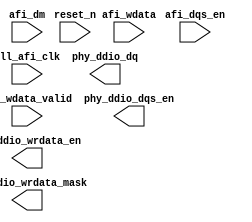
// (C) 2001-2016 Altera Corporation. All rights reserved.
// Your use of Altera Corporation's design tools, logic functions and other 
// software and tools, and its AMPP partner logic functions, and any output 
// files any of the foregoing (including device programming or simulation 
// files), and any associated documentation or information are expressly subject 
// to the terms and conditions of the Altera Program License Subscription 
// Agreement, Altera MegaCore Function License Agreement, or other applicable 
// license agreement, including, without limitation, that your use is for the 
// sole purpose of programming logic devices manufactured by Altera and sold by 
// Altera or its authorized distributors.  Please refer to the applicable 
// agreement for further details.


// ***************************************************************************
// ***************************************************************************

`timescale 1 ps / 1 ps

(* altera_attribute = "-name AUTO_SHIFT_REGISTER_RECOGNITION OFF" *)

module q_sys_mem_if_ddr3_emif_0_p0_write_datapath_m10(
	pll_afi_clk,
	reset_n,
	afi_dqs_en,
	afi_wdata,
	afi_wdata_valid,
	afi_dm,
	phy_ddio_dq,
	phy_ddio_dqs_en,
	phy_ddio_wrdata_en,
	phy_ddio_wrdata_mask
);


parameter MEM_ADDRESS_WIDTH     = "";
parameter MEM_DM_WIDTH          = "";
parameter MEM_CONTROL_WIDTH     = "";
parameter MEM_DQ_WIDTH          = "";
parameter MEM_READ_DQS_WIDTH    = "";
parameter MEM_WRITE_DQS_WIDTH   = "";

parameter AFI_ADDRESS_WIDTH     = "";
parameter AFI_DATA_MASK_WIDTH   = "";
parameter AFI_CONTROL_WIDTH     = "";
parameter AFI_DATA_WIDTH        = "";
parameter AFI_DQS_WIDTH	        = "";

parameter NUM_WRITE_PATH_FLOP_STAGES = "";
parameter NUM_WRITE_FR_CYCLE_SHIFTS = "";

localparam RATE_MULT = 2;
localparam DQ_GROUP_WIDTH = MEM_DQ_WIDTH / MEM_WRITE_DQS_WIDTH;

localparam DM_GROUP_WIDTH = MEM_DM_WIDTH / MEM_WRITE_DQS_WIDTH;


input	pll_afi_clk;
input	reset_n;
input	[AFI_DQS_WIDTH-1:0] afi_dqs_en;
input	[AFI_DATA_WIDTH-1:0] afi_wdata;
input	[AFI_DQS_WIDTH-1:0] afi_wdata_valid;
input	[AFI_DATA_MASK_WIDTH-1:0] afi_dm;
output	[AFI_DATA_WIDTH-1:0] phy_ddio_dq;
output	[AFI_DQS_WIDTH-1:0] phy_ddio_dqs_en;
output	[AFI_DQS_WIDTH-1:0] phy_ddio_wrdata_en;
output	[AFI_DATA_MASK_WIDTH-1:0] phy_ddio_wrdata_mask;

wire	[AFI_DQS_WIDTH-1:0] phy_ddio_dqs_en_pre_shift;
wire	[AFI_DATA_WIDTH-1:0] phy_ddio_dq_pre_shift;
wire	[AFI_DQS_WIDTH-1:0] phy_ddio_wrdata_en_pre_shift;
wire	[AFI_DATA_MASK_WIDTH-1:0] phy_ddio_wrdata_mask_pre_shift;

generate
genvar stage;
if (NUM_WRITE_PATH_FLOP_STAGES == 0)
begin
	assign phy_ddio_dq_pre_shift = afi_wdata;
	assign phy_ddio_wrdata_en_pre_shift = afi_wdata_valid;
	assign phy_ddio_wrdata_mask_pre_shift = afi_dm;
        assign phy_ddio_dqs_en_pre_shift = afi_dqs_en;
end
else
begin
        reg [AFI_DATA_WIDTH-1:0] afi_wdata_r [NUM_WRITE_PATH_FLOP_STAGES-1:0];
        reg [AFI_DQS_WIDTH-1:0] afi_wdata_valid_r [NUM_WRITE_PATH_FLOP_STAGES-1:0] /* synthesis dont_merge */;
        reg [AFI_DQS_WIDTH-1:0] afi_dqs_en_r [NUM_WRITE_PATH_FLOP_STAGES-1:0];
        
        // phy_ddio_wrdata_mask is tied low during calibration
        // the purpose of the assignment is to avoid Quartus from connecting the signal to the sclr pin of the flop
        // sclr pin is very slow and causes timing failures
        (* altera_attribute = {"-name ALLOW_SYNCH_CTRL_USAGE OFF"}*) reg [AFI_DATA_MASK_WIDTH-1:0] afi_dm_r [NUM_WRITE_PATH_FLOP_STAGES-1:0];
        
        for (stage = 0; stage < NUM_WRITE_PATH_FLOP_STAGES; stage = stage + 1)
        begin : stage_gen
        	always @(posedge pll_afi_clk)
        	begin
        		afi_wdata_r[stage]       <= (stage == 0) ? afi_wdata       : afi_wdata_r[stage-1];
        		afi_wdata_valid_r[stage] <= (stage == 0) ? afi_wdata_valid : afi_wdata_valid_r[stage-1];
        		afi_dm_r[stage]          <= (stage == 0) ? afi_dm          : afi_dm_r[stage-1];
        		afi_dqs_en_r[stage]      <= (stage == 0) ? afi_dqs_en      : afi_dqs_en_r[stage-1];
        	end
        end
        
        assign phy_ddio_dq_pre_shift = afi_wdata_r[NUM_WRITE_PATH_FLOP_STAGES-1];
        assign phy_ddio_wrdata_en_pre_shift = afi_wdata_valid_r[NUM_WRITE_PATH_FLOP_STAGES-1];
        assign phy_ddio_wrdata_mask_pre_shift = afi_dm_r[NUM_WRITE_PATH_FLOP_STAGES-1];
        assign phy_ddio_dqs_en_pre_shift = afi_dqs_en_r[NUM_WRITE_PATH_FLOP_STAGES-1];
end
endgenerate

generate
genvar i, t;
for (i=0; i<MEM_WRITE_DQS_WIDTH; i=i+1)
begin: bs_wr_grp
	
	wire [1:0] shift_fr_cycle = 
		(NUM_WRITE_FR_CYCLE_SHIFTS == 0) ? 	2'b00 : 2'b01;
											
	wire [AFI_DQS_WIDTH / MEM_WRITE_DQS_WIDTH - 1:0] grp_dqs_en_pre_shift;
	wire [AFI_DQS_WIDTH / MEM_WRITE_DQS_WIDTH - 1:0] grp_dqs_en;
	
	wire [AFI_DATA_WIDTH / MEM_WRITE_DQS_WIDTH - 1:0] grp_dq_pre_shift;
	wire [AFI_DATA_WIDTH / MEM_WRITE_DQS_WIDTH - 1:0] grp_dq;
	
	wire [AFI_DQS_WIDTH / MEM_WRITE_DQS_WIDTH - 1:0] grp_wrdata_en_pre_shift;
	wire [AFI_DQS_WIDTH / MEM_WRITE_DQS_WIDTH - 1:0] grp_wrdata_en;

	wire [AFI_DATA_MASK_WIDTH / MEM_WRITE_DQS_WIDTH - 1:0] grp_wrdata_mask_pre_shift;
	wire [AFI_DATA_MASK_WIDTH / MEM_WRITE_DQS_WIDTH - 1:0] grp_wrdata_mask;

	q_sys_mem_if_ddr3_emif_0_p0_fr_cycle_shifter dq_shifter(
		.clk (pll_afi_clk),
		.shift_by (shift_fr_cycle),
		.reset_n (1'b1),
		.datain (grp_dq_pre_shift),
		.dataout (grp_dq)	
	);
	defparam dq_shifter.DATA_WIDTH = (DQ_GROUP_WIDTH * 2);
	
	q_sys_mem_if_ddr3_emif_0_p0_fr_cycle_shifter wrdata_mask_shifter(
		.clk (pll_afi_clk),
		.shift_by (shift_fr_cycle),
		.reset_n (1'b1),
		.datain (grp_wrdata_mask_pre_shift),
		.dataout (grp_wrdata_mask)
	);
	defparam wrdata_mask_shifter.DATA_WIDTH = (DM_GROUP_WIDTH * 2);
	
	q_sys_mem_if_ddr3_emif_0_p0_fr_cycle_shifter wrdata_en_shifter(
		.clk (pll_afi_clk),
		.shift_by (shift_fr_cycle),
		.reset_n (1'b1),
		.datain (grp_wrdata_en_pre_shift),
		.dataout (grp_wrdata_en)
	);
	defparam wrdata_en_shifter.DATA_WIDTH = 1;

	q_sys_mem_if_ddr3_emif_0_p0_fr_cycle_shifter dqs_en_shifter(
		.clk (pll_afi_clk),
		.shift_by (shift_fr_cycle),
		.reset_n (1'b1),
		.datain (grp_dqs_en_pre_shift),
		.dataout (grp_dqs_en)
	);
	defparam dqs_en_shifter.DATA_WIDTH = 1;

	for (t=0; t<RATE_MULT*2; t=t+1)
	begin: extract_ddr_grp
		wire [DQ_GROUP_WIDTH-1:0] dq_t_pre_shift = phy_ddio_dq_pre_shift[DQ_GROUP_WIDTH * (i+1) + MEM_DQ_WIDTH * t - 1 : DQ_GROUP_WIDTH * i + MEM_DQ_WIDTH * t];
		assign grp_dq_pre_shift[(t+1) * DQ_GROUP_WIDTH - 1 : t * DQ_GROUP_WIDTH] = dq_t_pre_shift;
		
		wire [DQ_GROUP_WIDTH-1:0] dq_t = grp_dq[(t+1) * DQ_GROUP_WIDTH - 1 : t * DQ_GROUP_WIDTH];
		assign phy_ddio_dq[DQ_GROUP_WIDTH * (i+1) + MEM_DQ_WIDTH * t - 1 : DQ_GROUP_WIDTH * i + MEM_DQ_WIDTH * t] = dq_t;

		wire [DM_GROUP_WIDTH-1:0] wrdata_mask_t_pre_shift = phy_ddio_wrdata_mask_pre_shift[DM_GROUP_WIDTH * (i+1) + MEM_DM_WIDTH * t - 1 : DM_GROUP_WIDTH * i + MEM_DM_WIDTH * t];
		assign grp_wrdata_mask_pre_shift[(t+1) * DM_GROUP_WIDTH - 1 : t * DM_GROUP_WIDTH] = wrdata_mask_t_pre_shift;
		
		wire [DM_GROUP_WIDTH-1:0] wrdata_mask_t = grp_wrdata_mask[(t+1) * DM_GROUP_WIDTH - 1 : t * DM_GROUP_WIDTH];
		assign phy_ddio_wrdata_mask[DM_GROUP_WIDTH * (i+1) + MEM_DM_WIDTH * t - 1 : DM_GROUP_WIDTH * i + MEM_DM_WIDTH * t] = wrdata_mask_t;		
	end
	
	for (t=0; t<RATE_MULT; t=t+1)
	begin: extract_sdr_grp
		assign grp_dqs_en_pre_shift[t] = phy_ddio_dqs_en_pre_shift[i + MEM_WRITE_DQS_WIDTH * t];
		assign phy_ddio_dqs_en[i + MEM_WRITE_DQS_WIDTH * t] = grp_dqs_en[t];
		
		assign grp_wrdata_en_pre_shift[t] = phy_ddio_wrdata_en_pre_shift[i + MEM_WRITE_DQS_WIDTH * t];
		assign phy_ddio_wrdata_en[i + MEM_WRITE_DQS_WIDTH * t] = grp_wrdata_en[t];
		
	end
end
endgenerate

endmodule